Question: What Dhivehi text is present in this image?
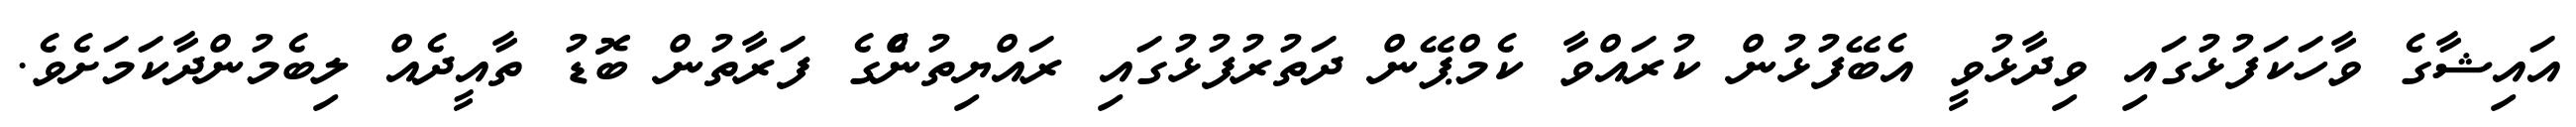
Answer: އައިޝާގެ ވާހަކަފުޅުގައި ވިދާޅުވީ އެބޭފުޅުން ކުރައްވާ ކެމްޕޭން ދަތުރުފުޅުގައި ރައްޔިތުންެގެ ފަރާތުން ބޮޑު ތާއީދެއް ލިބެމުންދާކަމަށެވެ.